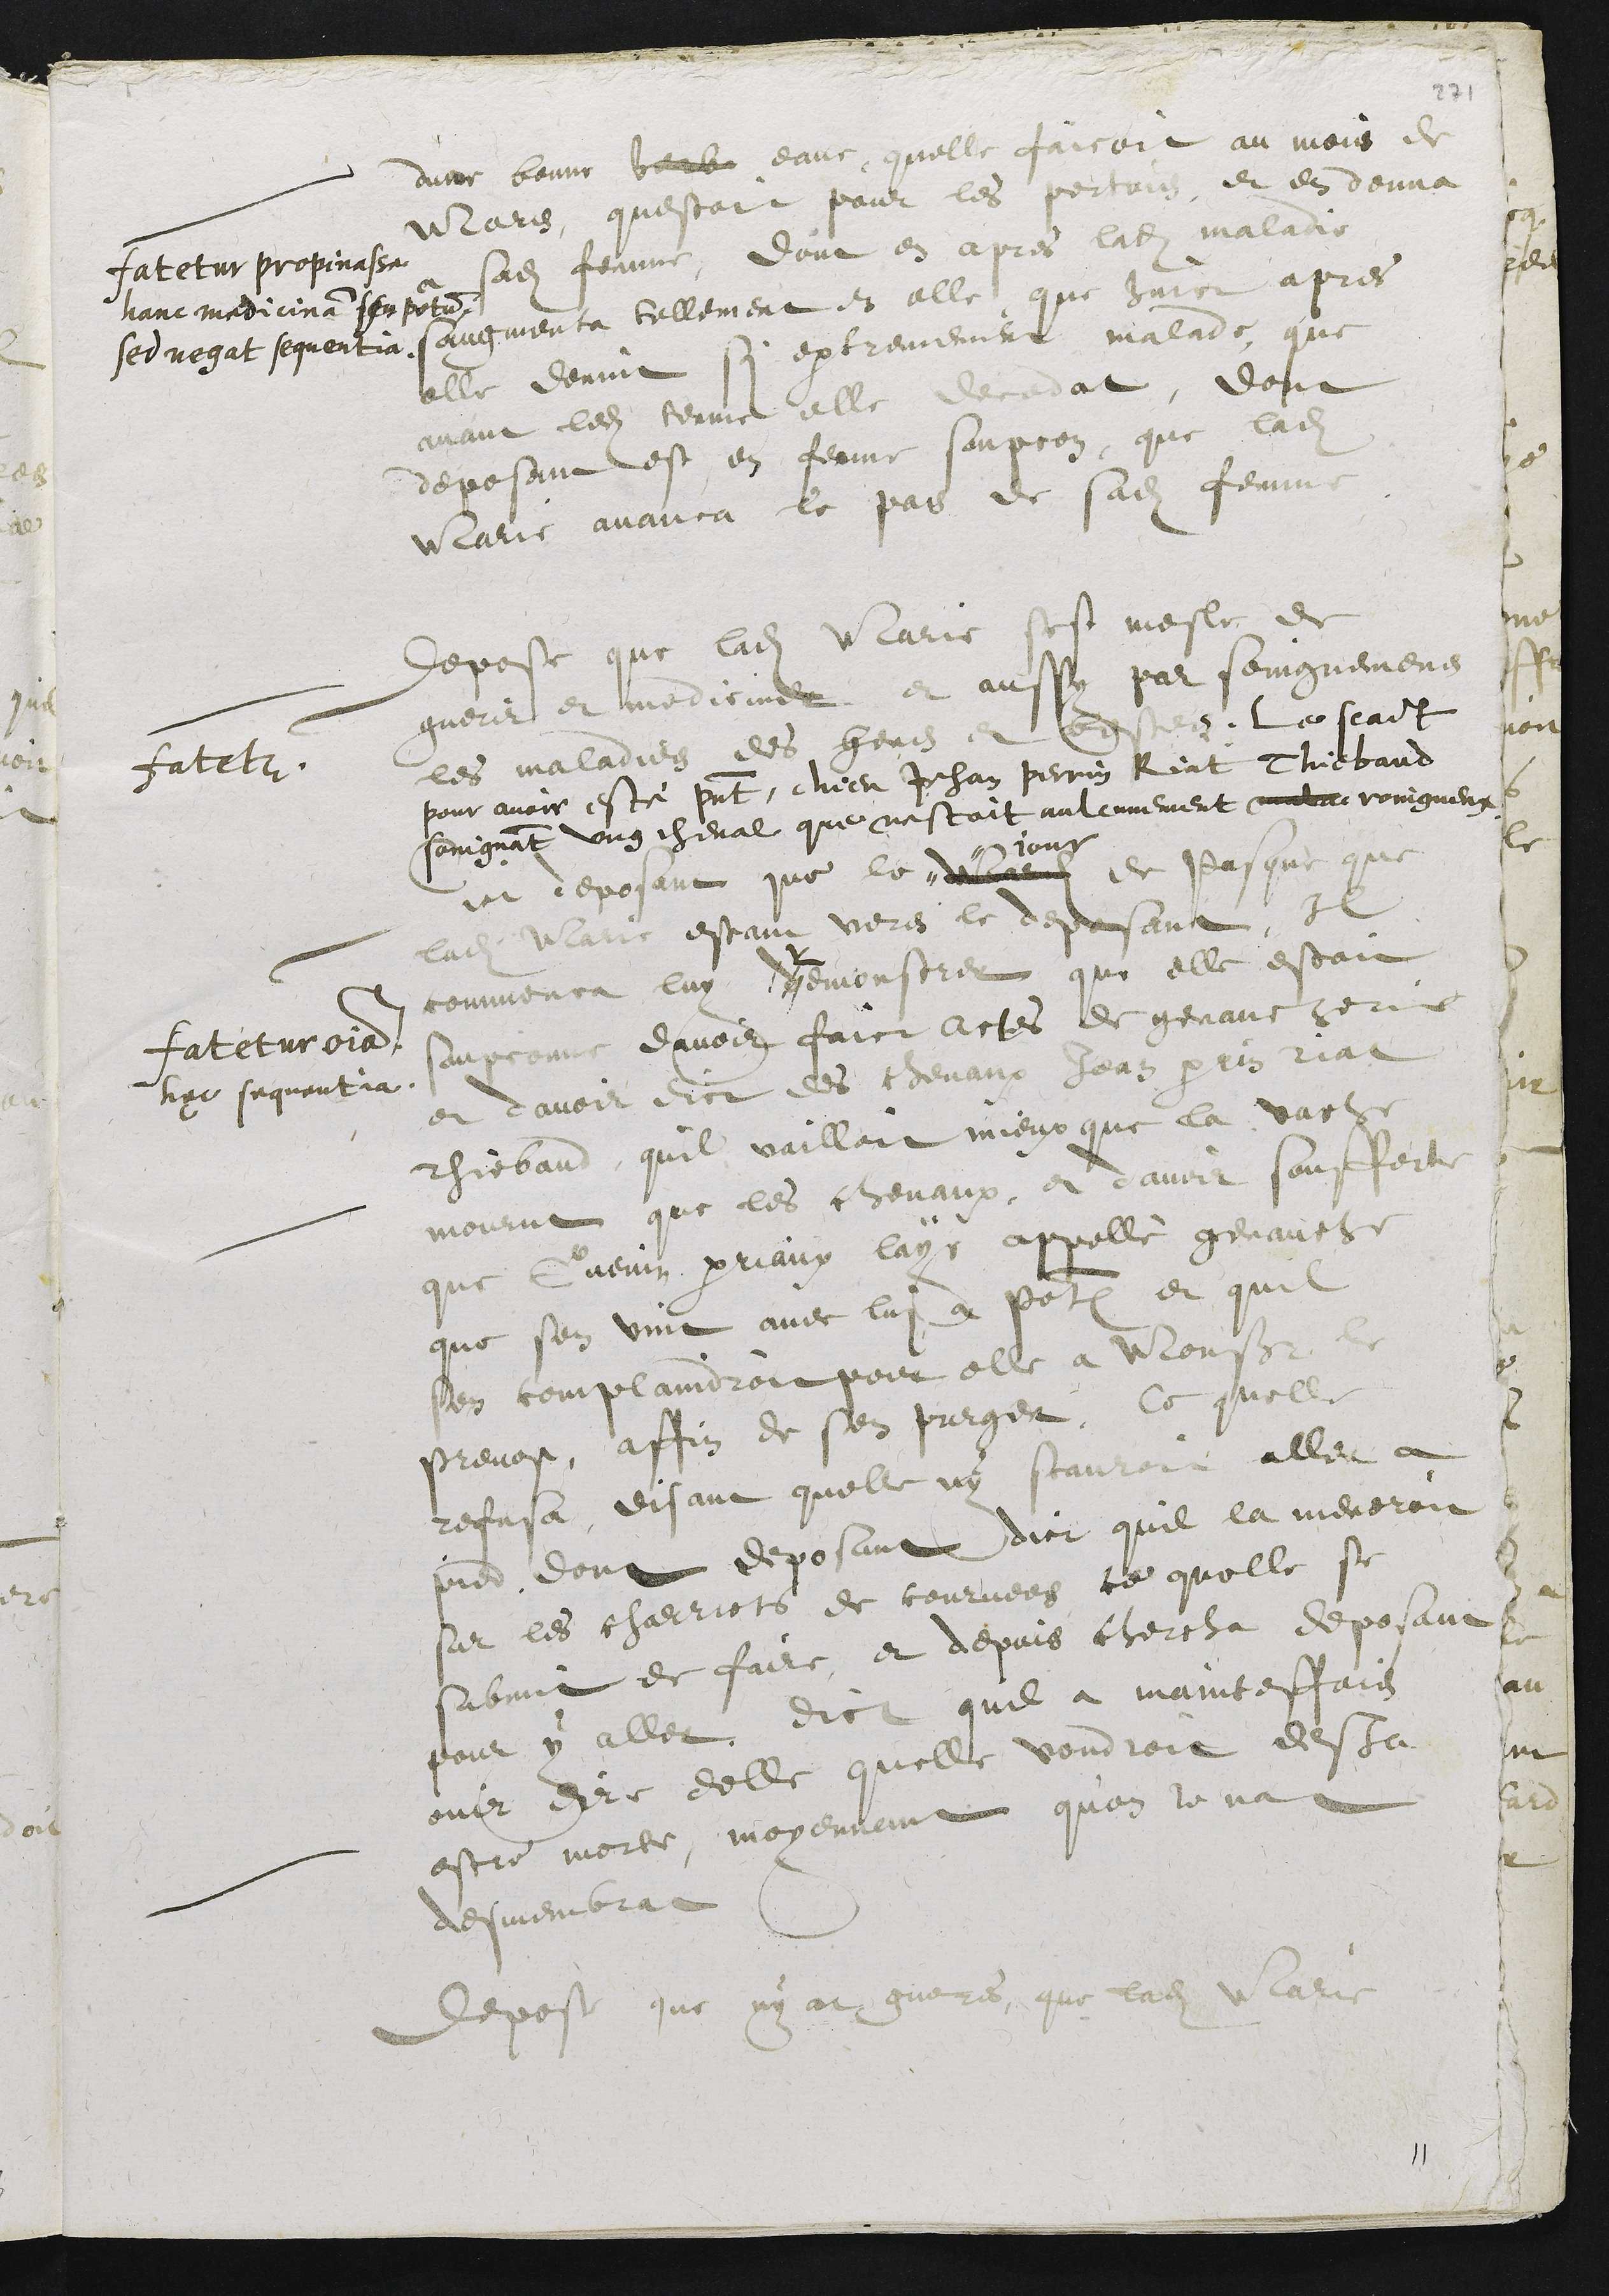
Fatetur propinasse
Hanc medicinam seu potum
Sed negat sequentia.
dune bonne venb eauc, quelle faicoit au mois de
Mars, questoit pour les pertuis, et en donna
a sadite femme, dont en apres ladite maladie
	saugmenta tellement en elle que huict apres
elle devint si extremement malade, que
avant ledit terme elle decedat, dont
deposant est en ferme soupcon, que ladite
Marie avanca le pan de sadite femme.
Fatetur
Depose que ladite Marie sest mesle de
guerir et mediciner et aussy par soingnemens
les maladies des gens et bestes. Le scait
pour avoir esté present, chier Jehan Perrin Riat Thiebaud
soingnant ung cheval que nestoit aulcunement mala roingneux.
Dict deposant que le "
" iour
de sasd iour de Pasque que
ladite Marie estant vers le deposant, Il
commenca luÿ dèmonstrer que elle estoit
soupconne davoir faict actes de genaucherie
fatetur omnia
haec sequentia.
et davoir dict des chevaux Jean Perrin Riat
Thiebaud, quil vailloit mieux que la vache
mourut que les chevaux, et davoir soufferte
que Guenin Perriaux laÿe appellè genauche
que sen vint avec lui a Porrentruy et quil
sen complaindroit pour elle a Monseigneur le
prevost, affin de sen purger, ce quelle
refusa, disant quelle nÿ scauroit aller a
pied dont deposant dict quil la meneroit
sur les charriots de courvees ce quelle se
submit de faire, et depuis chercha deposant
pour ÿ aller. dict quil a maintesfois
ouir dire delle quelle voudroit desja
estre morte, moyennent qu’on le nat
desmembrat
Depose que nÿ at gueres que ladite Marie